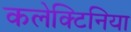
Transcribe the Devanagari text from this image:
कलेक्टिनिया